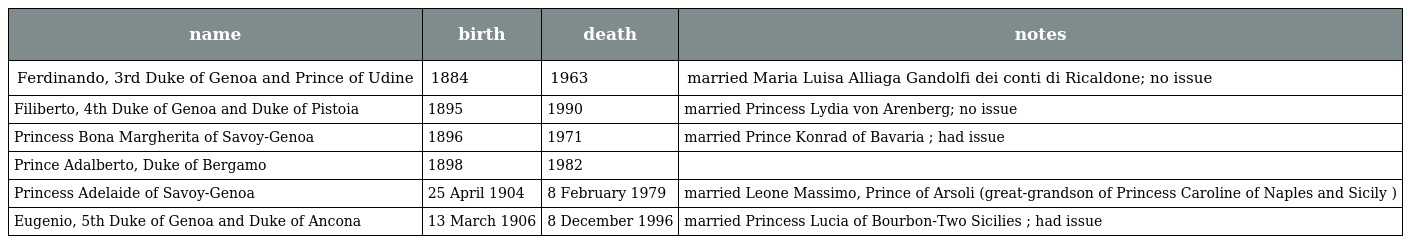
| name | birth | death | notes |
 | --- | --- | --- | --- |
 | Ferdinando, 3rd Duke of Genoa and Prince of Udine | 1884 | 1963 | married Maria Luisa Alliaga Gandolfi dei conti di Ricaldone; no issue |
 | Filiberto, 4th Duke of Genoa and Duke of Pistoia | 1895 | 1990 | married Princess Lydia von Arenberg; no issue |
 | Princess Bona Margherita of Savoy-Genoa | 1896 | 1971 | married Prince Konrad of Bavaria ; had issue |
 | Prince Adalberto, Duke of Bergamo | 1898 | 1982 |  |
 | Princess Adelaide of Savoy-Genoa | 25 April 1904 | 8 February 1979 | married Leone Massimo, Prince of Arsoli (great-grandson of Princess Caroline of Naples and Sicily ) |
 | Eugenio, 5th Duke of Genoa and Duke of Ancona | 13 March 1906 | 8 December 1996 | married Princess Lucia of Bourbon-Two Sicilies ; had issue |